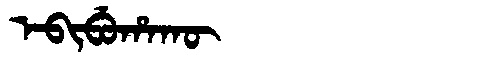
Manchu: ᡝᠪᡳᠪᡠᡥᠠᡴᡡ
Romanization: EBIBUHAKŪ